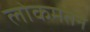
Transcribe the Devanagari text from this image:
लोकमतने